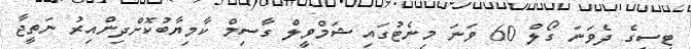
ޓީސީގެ ދެވަނަ ގޯލް 60 ވަނަ މިނެޓުގައި ޝަމްވީލް ގާސިމް ކާމިޔާބުކޮށްދިންއިރު ނަތީޖާ